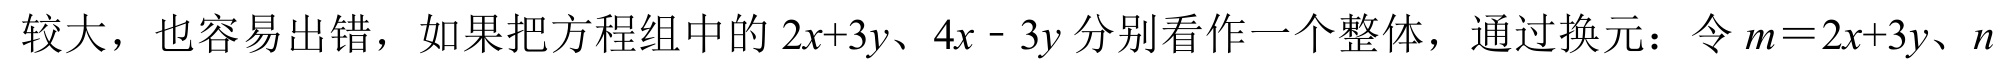
较大，也容易出错，如果把方程组中的$2x + 3y$、$4x - 3y$分别看作一个整体，通过换元：令$m = 2x + 3y$、$n$